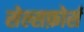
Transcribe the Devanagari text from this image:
सेल्सफ़ोर्स